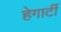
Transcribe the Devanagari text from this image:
हेगार्टी